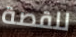
للقصة